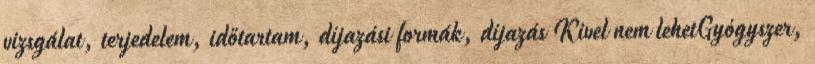
vizsgálat, terjedelem, időtartam, díjazási formák, díjazás Kivel nem lehetGyógyszer,